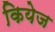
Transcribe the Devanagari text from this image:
कियेज